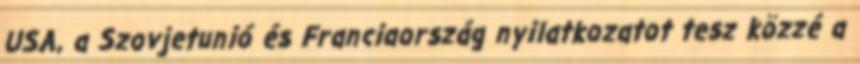
USA, a Szovjetunió és Franciaország nyilatkozatot tesz közzé a